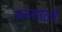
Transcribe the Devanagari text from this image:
जनसाली